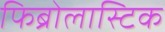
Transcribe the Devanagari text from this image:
फिब्रोलास्टिक